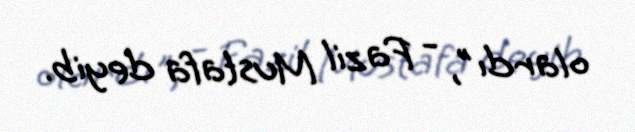
olardı", - Fazil Mustafa deyib.